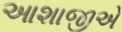
આશાજીએ